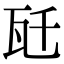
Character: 瓩